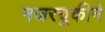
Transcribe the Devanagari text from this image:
नजरचुकीने